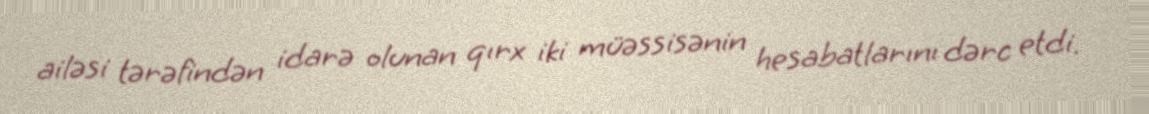
ailəsi tərəfindən idarə olunan qırx iki müəssisənin hesabatlarını dərc etdi.